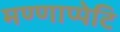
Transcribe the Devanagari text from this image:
मण्णाप्पेटि